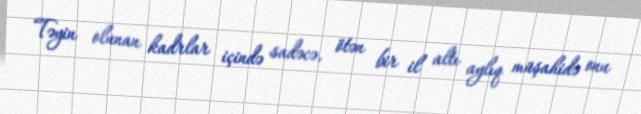
Təyin olunan kadrlar içində sadəcə, ötən bir il altı aylıq müşahidə onu